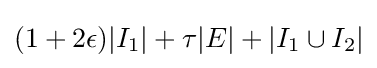
(1+2\epsilon )|I_{1}|+\tau |E|+|I_{1}\cup I_{2}|